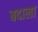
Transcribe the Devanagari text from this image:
बदाला